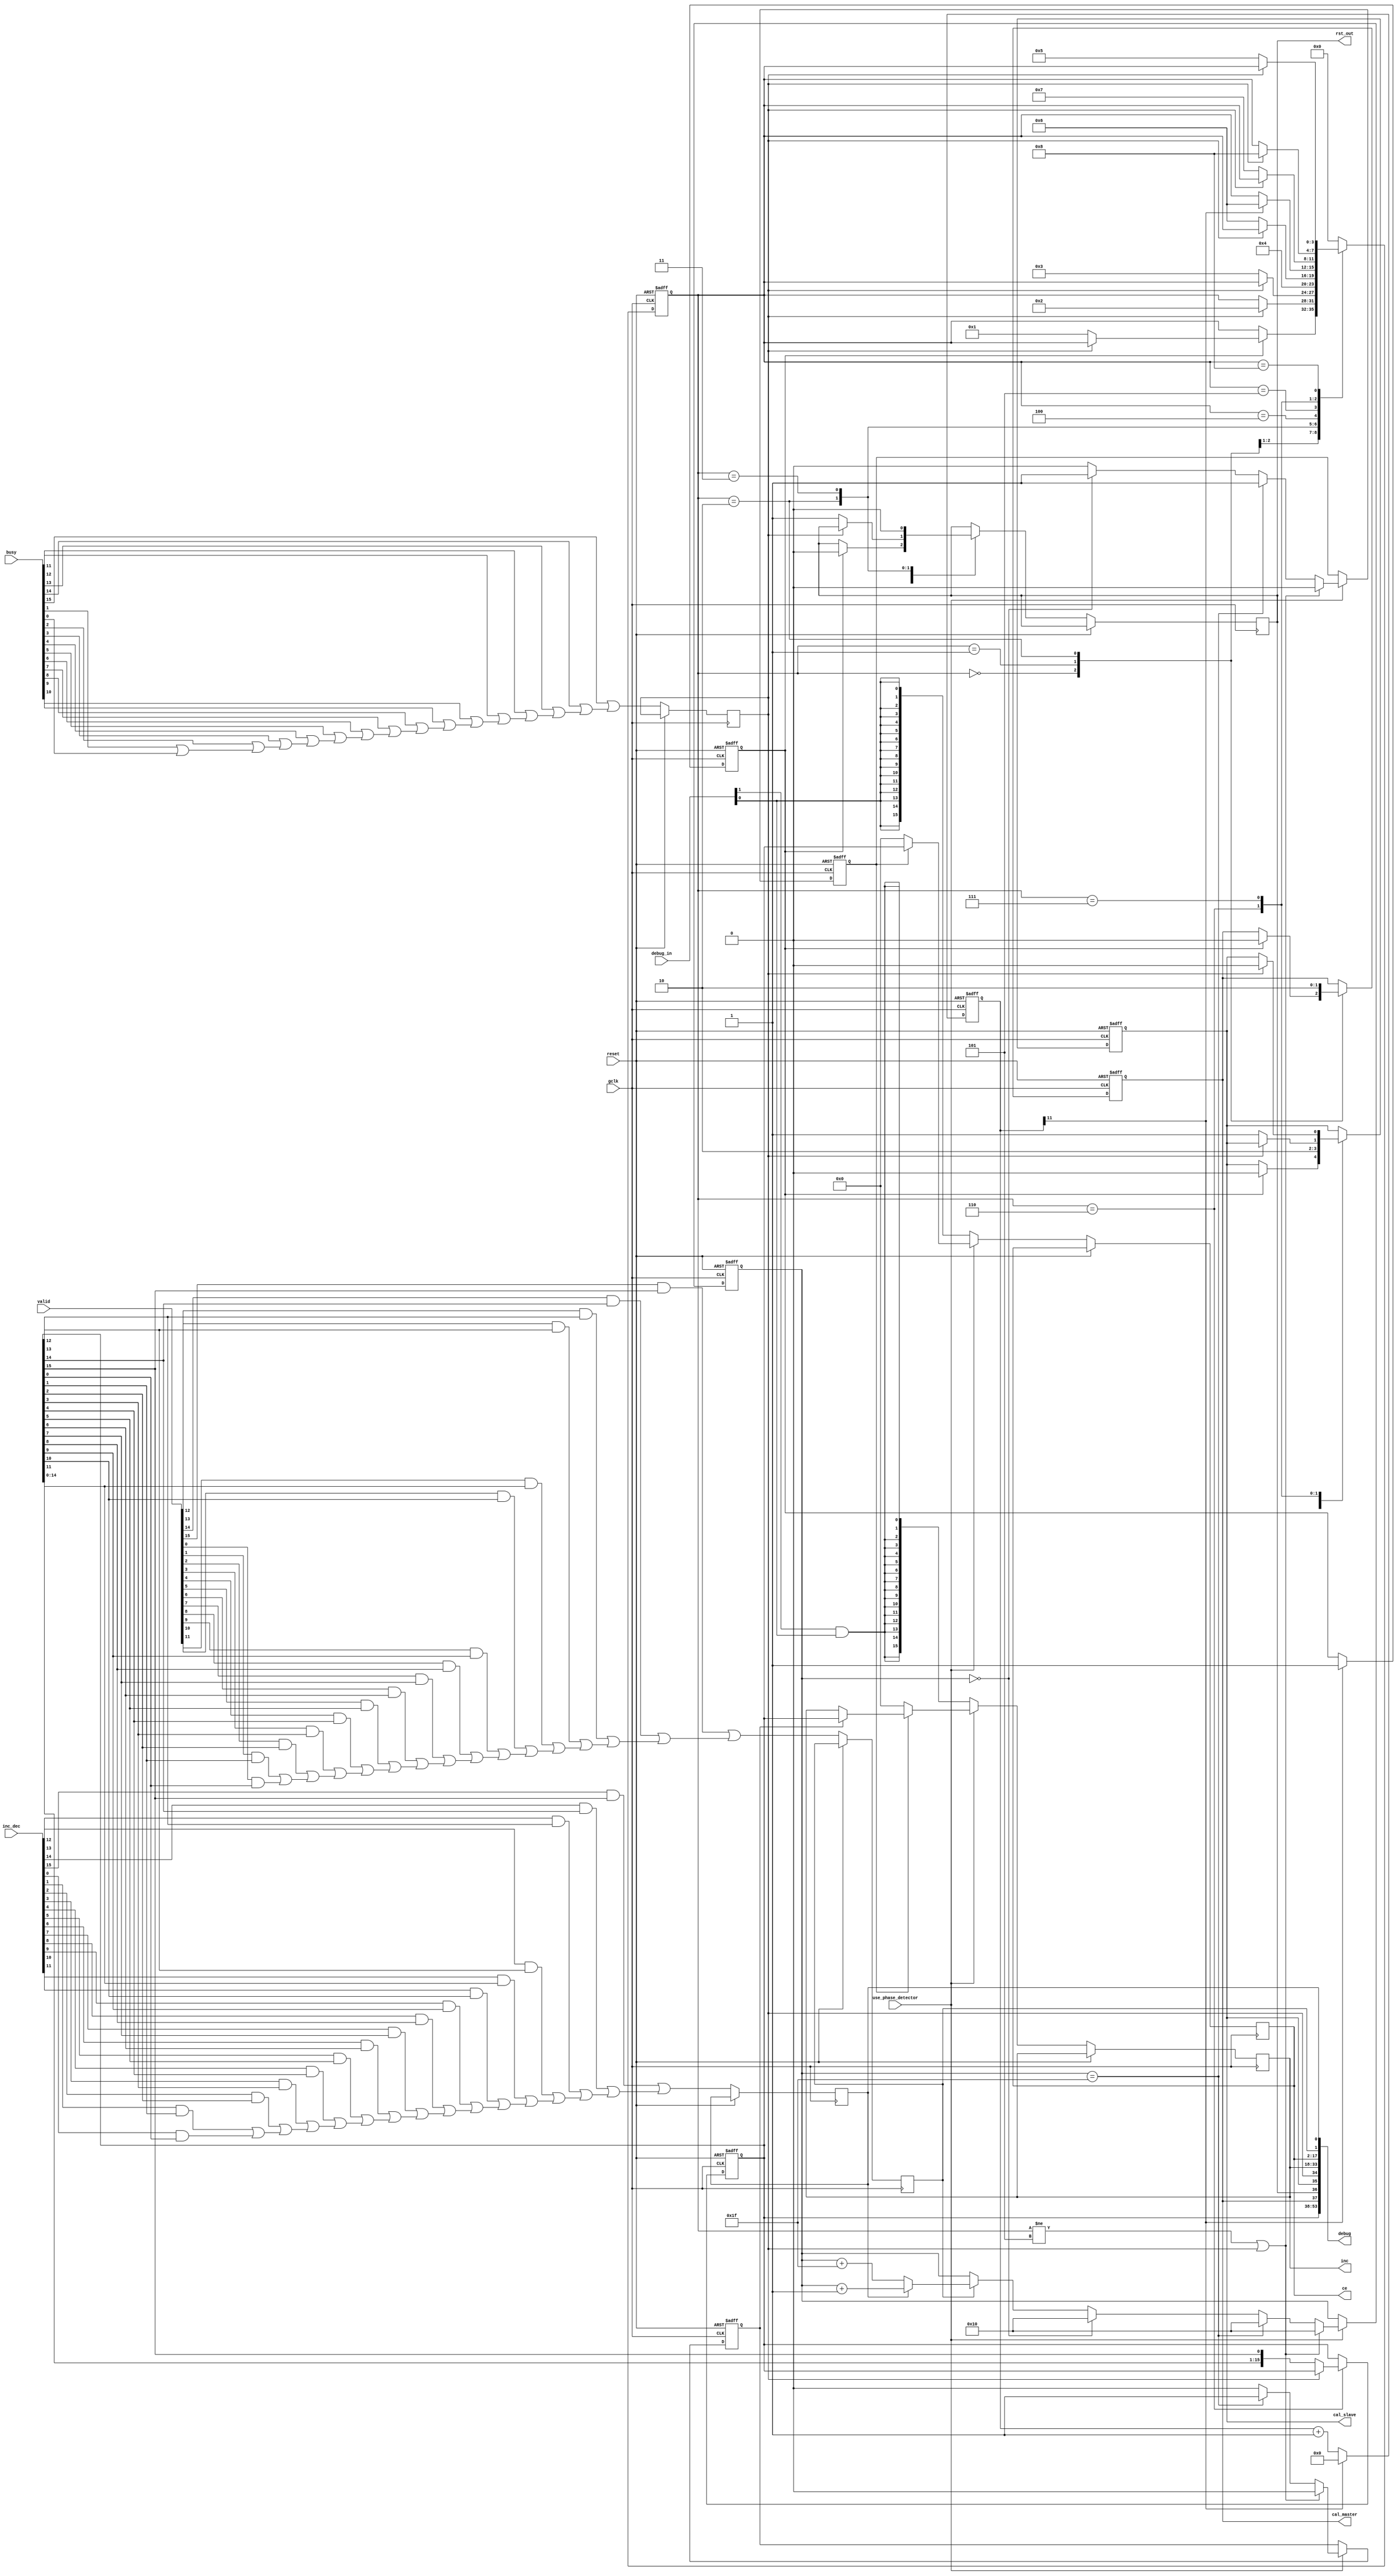
//////////////////////////////////////////////////////////////////////////////
// Copyright (c) 2009 Xilinx, Inc.
// This design is confidential and proprietary of Xilinx, All Rights Reserved.
//////////////////////////////////////////////////////////////////////////////
//   ____  ____
//  /   /\/   /
// /___/  \  /   Vendor: Xilinx
// \   \   \/    Version: 1.1
//  \   \        Filename: phase_detector.v
//  /   /        Date Last Modified:  February 5 2010
// /___/   /\    Date Created: August 1 2008
// \   \  /  \
//  \___\/\___\
// 
//Device: 	Spartan 6
//Purpose:  	Generic phase detector control module
//
//Reference:
//    
//Revision History:
//    Rev 1.0 - First created (nicks)
//    Rev 1.1 - Modifications (nicks)
//		- State machine changed slightly to enable individual control of INC pins on IODELAY2s
//		- inc connection changed from 1 wide to D wide to accomodate this
//		- debug in and out ports added
//
//////////////////////////////////////////////////////////////////////////////
//
//  Disclaimer: 
//
//		This disclaimer is not a license and does not grant any rights to the materials 
//              distributed herewith. Except as otherwise provided in a valid license issued to you 
//              by Xilinx, and to the maximum extent permitted by applicable law: 
//              (1) THESE MATERIALS ARE MADE AVAILABLE "AS IS" AND WITH ALL FAULTS, 
//              AND XILINX HEREBY DISCLAIMS ALL WARRANTIES AND CONDITIONS, EXPRESS, IMPLIED, OR STATUTORY, 
//              INCLUDING BUT NOT LIMITED TO WARRANTIES OF MERCHANTABILITY, NON-INFRINGEMENT, OR 
//              FITNESS FOR ANY PARTICULAR PURPOSE; and (2) Xilinx shall not be liable (whether in contract 
//              or tort, including negligence, or under any other theory of liability) for any loss or damage 
//              of any kind or nature related to, arising under or in connection with these materials, 
//              including for any direct, or any indirect, special, incidental, or consequential loss 
//              or damage (including loss of data, profits, goodwill, or any type of loss or damage suffered 
//              as a result of any action brought by a third party) even if such damage or loss was 
//              reasonably foreseeable or Xilinx had been advised of the possibility of the same.
//
//  Critical Applications:
//
//		Xilinx products are not designed or intended to be fail-safe, or for use in any application 
//		requiring fail-safe performance, such as life-support or safety devices or systems, 
//		Class III medical devices, nuclear facilities, applications related to the deployment of airbags,
//		or any other applications that could lead to death, personal injury, or severe property or 
//		environmental damage (individually and collectively, "Critical Applications"). Customer assumes 
//		the sole risk and liability of any use of Xilinx products in Critical Applications, subject only 
//		to applicable laws and regulations governing limitations on product liability.
//
//  THIS COPYRIGHT NOTICE AND DISCLAIMER MUST BE RETAINED AS PART OF THIS FILE AT ALL TIMES.
//
//////////////////////////////////////////////////////////////////////////////

`timescale 1ps/1ps

module phase_detector (use_phase_detector, busy, valid, inc_dec, reset, gclk, debug_in, cal_master, cal_slave, rst_out, ce, inc, debug) ;


parameter integer D = 16 ;			// Set the number of inputs

input			use_phase_detector ;	// Set generation of phase detector logic
input	[D-1:0]		busy ;			// BUSY inputs from IODELAY2s
input	[D-1:0]		valid ;			// VALID inputs from ISERDES2s
input	[D-1:0]		inc_dec ;		// INC_DEC inputs from ISERDES2s
input			reset ;			// Reset line
input			gclk ;			// Global clock
input 	[1:0]		debug_in ;		// Debug Inputs, set to 2'b00 if not required
output			cal_master ;		// Output to cal pins on master IODELAY2s
output			cal_slave ;		// Output to cal pins on slave IODELAY2s
output			rst_out ;		// Output to rst pins on master & slave IODELAY2s
output	[D-1:0]		ce ;  			// Outputs to ce pins on IODELAY2s
output	[D-1:0]		inc ;  			// Outputs to inc pins on IODELAY2s
output 	[3*D+5:0] 	debug ;			// Debug bus, 3D+5 = 3 lines per input pin (from inc, mux and ce) + 6, leave nc if debug not required

reg	[3:0]		state ;
reg	[11:0]		counter ;
reg			cal_data_sint ;
reg 			busy_data_d ;
reg			enable ;
reg			cal_data_master ;
reg			rst_data ;
reg 			inc_data_int ;
reg 	[D-1:0]		ce_data ;
reg 			valid_data_d ;
reg 			incdec_data_d ;
reg	[4:0] 		pdcounter ;
reg 	[D-1:0]		mux ;
reg			ce_data_inta ;
wire	[D:0]		incdec_data_or ;
wire	[D-1:0]		incdec_data_im ;
wire	[D:0]		valid_data_or ;
wire	[D-1:0]		valid_data_im ;
wire	[D:0]		busy_data_or ;
wire	[D-1:0]		all_ce ;
wire	[D-1:0]		all_inc ;
reg 	[D-1:0]		inc_data_int_d ;

genvar i ;

assign debug = {mux, cal_data_master, rst_data, cal_data_sint, busy_data_d, inc_data_int_d, ce_data, valid_data_d, incdec_data_d};
assign cal_slave = cal_data_sint ;
assign cal_master = cal_data_master ;
assign rst_out = rst_data ;
assign ce = ce_data ;
assign inc = inc_data_int_d ;

always @ (posedge gclk or posedge reset)
begin
if (reset == 1'b1) begin
	state <= 0 ;
	cal_data_master <= 1'b0 ;
	cal_data_sint <= 1'b0 ;
	counter <= 12'h000 ;
//synthesis translate_off
	counter[10:3] <= 8'hFF ;					// speed up simulation
//synthesis translate_on
	enable <= 1'b0 ;
	mux <= 16'h0001 ;
end
else begin
   	if (counter[11] == 1'b1) begin
		counter <= 12'h000 ;
   	end
   	else begin
   		counter <= counter + 12'h001 ;
//synthesis translate_off
		counter[10:7] <= 12'hFFF ;				// speed up simulation
//synthesis translate_on
   	end
   	if (counter[11] == 1'b1) begin					// Delay before startup
		enable <= 1'b1 ;
   	end
  	case (state)
  	4'h0 : 	begin 
  		if (enable == 1'b1) begin				// Wait for IODELAY to be available
			cal_data_master <= 1'b0 ;
			cal_data_sint <= 1'b0 ;
			rst_data <= 1'b0 ;
   			if (busy_data_d == 1'b0) begin
				state <= 1 ;
			end
   		end
   		end
   	4'h1: 	begin							// Issue calibrate command to both master and slave, needed for simulation, not for the silicon
   		cal_data_master <= 1'b1 ;				// When in phase_detector mode the slave controls the master completely in silicon, but due to the 
   		cal_data_sint <= 1'b1 ;					// way the simulation models work, the master does require these signals for correct simulation
   		if (busy_data_d == 1'b1) begin				// and wait for command to be accepted
   			state <= 2 ;
   		end
   		end
   	4'h2 : 	begin							// Now RST master and slave IODELAYs needed for simulation, not for the silicon
   		cal_data_master <= 1'b0 ;				// When in phase_detector mode the slave controls the master completely in silicon, but due to 
   		cal_data_sint <= 1'b0 ;  				// way the simulation models work, the master does require these signals for correct simulation
   		if (busy_data_d == 1'b0) begin
   			rst_data <= 1'b1 ;
   			state <= 3 ;
   		end
   		end
   	4'h3 : 	begin							// Dummy state. delay may or may not go BUSY depending on timing
   		rst_data <= 1'b0 ;
   		state <= 4 ;
   		end
   	4'h4 : 	begin							// Wait for IODELAY to be available
   		if (busy_data_d == 1'b0) begin
   			state <= 6 ;
   		end
   		end
   	4'h5 : 	begin							// Wait for occasional enable
   		if (counter[11] == 1'b1) begin
  		 	state <= 6 ;
   		end
    		end
    	4'h6 : 	begin							// Calibrate slave only
   		if (busy_data_d == 1'b0) begin 				
   			cal_data_sint <= 1'b1 ;				
   			state <= 7 ;
   			if (D != 1) begin
   				mux <= {mux[D-2:0], mux[D-1]} ;
   			end
   		end
   		end
    	4'h7 : 	begin							// Wait for command to be accepted
   		if (busy_data_d == 1'b1) begin
   			cal_data_sint <= 1'b0 ;
   			state <= 8 ;
   		end
   		end
   	4'h8 : begin							// Wait for all IODELAYs to be available, ie CAL command finished
  		if (busy_data_d == 1'b0) begin
   			state <= 5 ;
   		end
   		end
   	default : begin state <= 0 ; end
   	endcase
end
end

always @ (posedge gclk or posedge reset)				// Per-bit phase detection state machine
begin
if (reset == 1'b1) begin
	pdcounter <= 5'b10000 ;
	ce_data_inta <= 1'b0 ;
	inc_data_int <= 1'b0 ;
end
else begin
	busy_data_d <= busy_data_or[D] ;
	incdec_data_d <= incdec_data_or[D] ;
	valid_data_d <= valid_data_or[D] ;
   	if (use_phase_detector == 1'b1) begin				// decide whther pd is used
		if (ce_data_inta == 1'b1) begin
			ce_data <= mux ;
			if (inc_data_int == 1'b1) begin
				inc_data_int_d <= mux ;
			end
		end
		else begin
			ce_data <= 64'h0000000000000000 ;
			inc_data_int_d <= 64'h0000000000000000 ;
		end
   		if (state != 5 || busy_data_d == 1'b1) begin		// Reset filter if state machine issues a cal command or unit is busy
			pdcounter <= 5'b10000 ;
   			ce_data_inta <= 1'b0 ;
   			inc_data_int <= 1'b0 ;
   		end
   		else if (pdcounter == 5'b11111) begin			// Filter has reached positive max - increment the tap count
   			ce_data_inta <= 1'b1 ;
   			inc_data_int <= 1'b1 ;
 			pdcounter <= 5'b10000 ;
 		end
    		else if (pdcounter == 5'b00000) begin			// Filter has reached negative max - decrement the tap count
   			ce_data_inta <= 1'b1 ;
   			inc_data_int <= 1'b0 ;
 			pdcounter <= 5'b10000 ;
   		end
		else if (valid_data_d == 1'b1) begin			// increment filter
   			ce_data_inta <= 1'b0 ;
   			inc_data_int <= 1'b0 ;
			if (incdec_data_d == 1'b1) begin
				pdcounter <= pdcounter + 5'b00001 ;
			end
			else if (incdec_data_d == 1'b0) begin		// decrement filter
				pdcounter <= pdcounter + 5'b11111 ;
			end
   		end
   		else begin
   			ce_data_inta <= 1'b0 ;
   			inc_data_int <= 1'b0 ;
   		end
   	end
   	else begin
		ce_data <= all_ce ;
		inc_data_int_d <= all_inc ;
   	end
end
end

assign incdec_data_or[0] = 1'b0 ;					// Input Mux - Initialise generate loop OR gates
assign valid_data_or[0] = 1'b0 ;
assign busy_data_or[0] = 1'b0 ;

generate
for (i = 0 ; i <= (D-1) ; i = i+1)
begin : loop0

assign incdec_data_im[i] = inc_dec[i] & mux[i] ;			// Input muxes
assign incdec_data_or[i+1] = incdec_data_im[i] | incdec_data_or[i] ;	// AND gates to allow just one signal through at a tome
assign valid_data_im[i] = valid[i] & mux[i] ;				// followed by an OR
assign valid_data_or[i+1] = valid_data_im[i] | valid_data_or[i] ;	// for the three inputs from each PD
assign busy_data_or[i+1] = busy[i] | busy_data_or[i] ;			// The busy signals just need an OR gate

assign all_ce[i] = debug_in[0] ;
assign all_inc[i] = debug_in[1] & debug_in[0] ;

end
endgenerate

endmodule